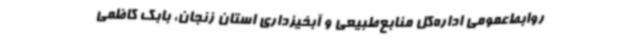
روابط‌عمومی اداره‌کل منابع‌طبیعی و آبخیزداری استان زنجان، بابک کاظمی